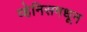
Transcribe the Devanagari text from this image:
व्हेनिसमधून